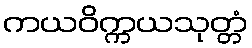
ကယဝိက္ကယသုတ္တံ